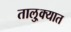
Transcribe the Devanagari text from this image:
तालु्क्यात